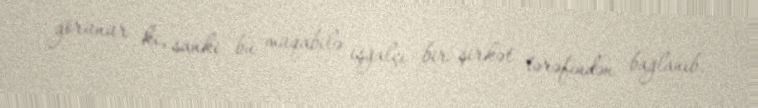
görünür ki, sanki bu müqabilə işğalçı bir şirkət tərəfindən bağlanıb.